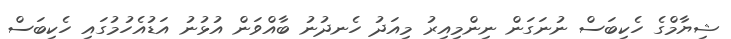
ޝިޔާމްގެ ހެކިބަސް ނުނަގަން ނިންމިއިރު މިއަދު ހެނދުނު ބާއްވަން އުޅުނު އަޑުއެހުމުގައި ހެކިބަސް